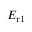
E _ { \mathrm { r 1 } }